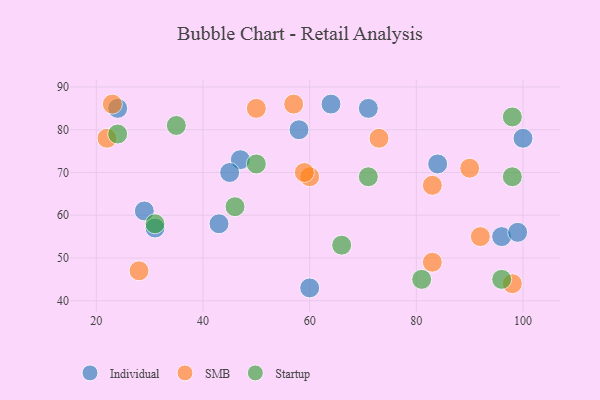
{"axis": {"x": "GDP", "y": "Life Expectancy"}, "legend": ["Individual", "SMB", "Startup"], "data": [{"x": "43", "y": 58, "type": "Individual"}, {"x": "58", "y": 80, "type": "Individual"}, {"x": "24", "y": 85, "type": "Individual"}, {"x": "47", "y": 73, "type": "Individual"}, {"x": "31", "y": 57, "type": "Individual"}, {"x": "84", "y": 72, "type": "Individual"}, {"x": "71", "y": 85, "type": "Individual"}, {"x": "29", "y": 61, "type": "Individual"}, {"x": "100", "y": 78, "type": "Individual"}, {"x": "60", "y": 43, "type": "Individual"}, {"x": "96", "y": 55, "type": "Individual"}, {"x": "99", "y": 56, "type": "Individual"}, {"x": "45", "y": 70, "type": "Individual"}, {"x": "64", "y": 86, "type": "Individual"}, {"x": "23", "y": 86, "type": "SMB"}, {"x": "50", "y": 85, "type": "SMB"}, {"x": "60", "y": 69, "type": "SMB"}, {"x": "92", "y": 55, "type": "SMB"}, {"x": "83", "y": 67, "type": "SMB"}, {"x": "59", "y": 70, "type": "SMB"}, {"x": "90", "y": 71, "type": "SMB"}, {"x": "83", "y": 49, "type": "SMB"}, {"x": "73", "y": 78, "type": "SMB"}, {"x": "22", "y": 78, "type": "SMB"}, {"x": "57", "y": 86, "type": "SMB"}, {"x": "28", "y": 47, "type": "SMB"}, {"x": "98", "y": 44, "type": "SMB"}, {"x": "96", "y": 45, "type": "Startup"}, {"x": "35", "y": 81, "type": "Startup"}, {"x": "50", "y": 72, "type": "Startup"}, {"x": "66", "y": 53, "type": "Startup"}, {"x": "71", "y": 69, "type": "Startup"}, {"x": "46", "y": 62, "type": "Startup"}, {"x": "24", "y": 79, "type": "Startup"}, {"x": "98", "y": 69, "type": "Startup"}, {"x": "31", "y": 58, "type": "Startup"}, {"x": "98", "y": 83, "type": "Startup"}, {"x": "81", "y": 45, "type": "Startup"}]}